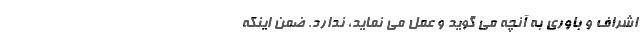
اِشراف و باوری به آنچه می گوید و عمل می نماید، ندارد. ضمنِ اینکه